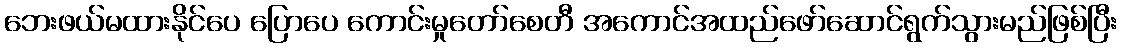
ဘေးဖယ်မထားနိုင်ပေ ပြောပေ ကောင်းမှုတော်စေတီ အကောင်အထည်ဖော်ဆောင်ရွက်သွားမည်ဖြစ်ပြီး